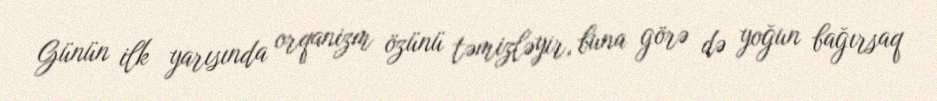
Günün ilk yarısında orqanizm özünü təmizləyir, buna görə də yoğun bağırsaq